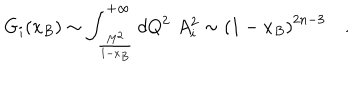
LaTeX: G _ { i } ( x _ { B } ) \sim \int _ { \frac { M ^ { 2 } } { 1 - x _ { B } } } ^ { + \infty } d Q ^ { 2 } \, \, A _ { i } ^ { 2 } \sim \left( 1 - x _ { B } \right) ^ { 2 n - 3 } \quad .